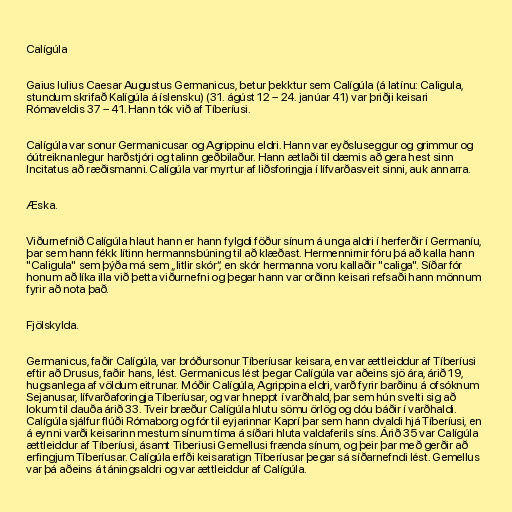
Calígúla

Gaius Iulius Caesar Augustus Germanicus, betur þekktur sem Calígúla (á latínu: Caligula,
stundum skrifað Kalígúla á íslensku) (31. ágúst 12 – 24. janúar 41) var þriðji keisari
Rómaveldis 37 – 41. Hann tók við af Tíberíusi.

Calígúla var sonur Germanicusar og Agrippinu eldri. Hann var eyðsluseggur og grimmur og
óútreiknanlegur harðstjóri og talinn geðbilaður. Hann ætlaði til dæmis að gera hest sinn
Incitatus að ræðismanni. Calígúla var myrtur af liðsforingja í lífvarðasveit sinni, auk annarra.

Æska.

Viðurnefnið Calígúla hlaut hann er hann fylgdi föður sínum á unga aldri í herferðir í Germaníu,
þar sem hann fékk lítinn hermannsbúning til að klæðast. Hermennirnir fóru þá að kalla hann
"Caligula" sem þýða má sem „litlir skór“, en skór hermanna voru kallaðir "caliga". Síðar fór
honum að líka illa við þetta viðurnefni og þegar hann var orðinn keisari refsaði hann mönnum
fyrir að nota það.

Fjölskylda.

Germanicus, faðir Calígúla, var bróðursonur Tíberíusar keisara, en var ættleiddur af Tíberíusi
eftir að Drusus, faðir hans, lést. Germanicus lést þegar Calígúla var aðeins sjö ára, árið 19,
hugsanlega af völdum eitrunar. Móðir Calígúla, Agrippina eldri, varð fyrir barðinu á ofsóknum
Sejanusar, lífvarðaforingja Tíberíusar, og var hneppt í varðhald, þar sem hún svelti sig að
lokum til dauða árið 33. Tveir bræður Calígúla hlutu sömu örlög og dóu báðir í varðhaldi.
Calígúla sjálfur flúði Rómaborg og fór til eyjarinnar Kaprí þar sem hann dvaldi hjá Tíberíusi, en
á eynni varði keisarinn mestum sínum tíma á síðari hluta valdaferils síns. Árið 35 var Calígúla
ættleiddur af Tíberíusi, ásamt Tiberiusi Gemellusi frænda sínum, og þeir þar með gerðir að
erfingjum Tíberíusar. Calígúla erfði keisaratign Tíberíusar þegar sá síðarnefndi lést. Gemellus
var þá aðeins á táningsaldri og var ættleiddur af Calígúla.